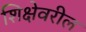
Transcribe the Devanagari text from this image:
शिक्षेवरील